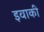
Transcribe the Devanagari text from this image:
इवाकी